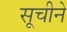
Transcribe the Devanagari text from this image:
सूचीने